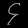
Digit: ၄